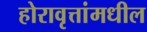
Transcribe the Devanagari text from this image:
होरावृत्तांमधील